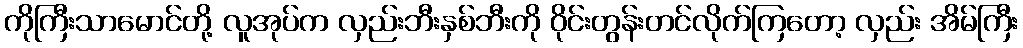
ကိုကြီးသာမောင်တို့ လူအုပ်က လှည်းဘီးနှစ်ဘီးကို ဝိုင်းတွန်းတင်လိုက်ကြတော့ လှည်း အိမ်ကြီး